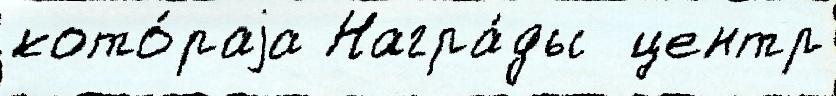
кото́раjа Награ́ды  центр